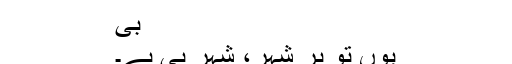
بی
یوں تو ہر شہر، شہر ہی ہے۔